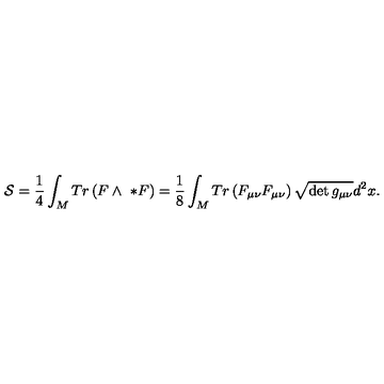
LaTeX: { \cal S } = \frac { 1 } { 4 } \int _ { M } T r \left( F \wedge \ * F \right) = \frac { 1 } { 8 } \int _ { M } T r \left( F _ { \mu \nu } F _ { \mu \nu } \right) \sqrt { \det g _ { \mu \nu } } d ^ { 2 } x .